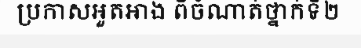
ប្រកាសអួតអាង ពីចំណាត់ថ្នាក់ទី២